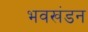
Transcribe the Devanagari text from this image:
भवखंडन